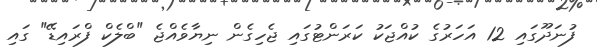
ފުނަދޫގައި 12 އަހަރުގެ ކުއްޖަކު ކަރަންޓުގައި ޖެހިގެން ނިޔާވެއްޖެ "ބްލެކް ފްރައިޑޭ" ގައި